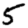
Digit: 5